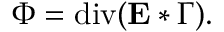
\Phi = \operatorname { d i v } ( \mathbf { E } * \Gamma ) .